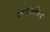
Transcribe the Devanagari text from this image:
एक्सपोज़िशन